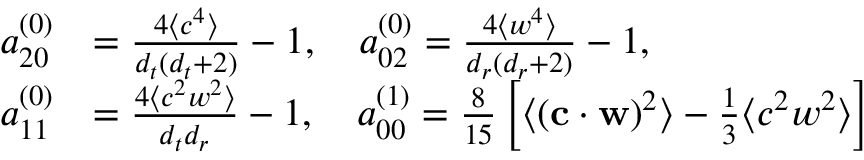
\begin{array} { r l } { { a _ { 2 0 } ^ { ( 0 ) } } } & { = \frac { 4 \langle c ^ { 4 } \rangle } { { d _ { t } } ( { d _ { t } } + 2 ) } - 1 , \quad { a _ { 0 2 } ^ { ( 0 ) } } = \frac { 4 \langle w ^ { 4 } \rangle } { { d _ { r } } ( { d _ { r } } + 2 ) } - 1 , } \\ { { a _ { 1 1 } ^ { ( 0 ) } } } & { = \frac { 4 \langle c ^ { 2 } w ^ { 2 } \rangle } { { d _ { t } } { d _ { r } } } - 1 , \quad { a _ { 0 0 } ^ { ( 1 ) } } = \frac { 8 } { 1 5 } \left[ \langle ( \mathbf { c } \cdot \mathbf { w } ) ^ { 2 } \rangle - \frac { 1 } { 3 } \langle c ^ { 2 } w ^ { 2 } \rangle \right] } \end{array}